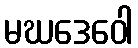
မဃဒေဝေါ